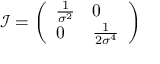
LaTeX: { \mathcal { I } } = { \left( \begin{array} { l l } { { \frac { 1 } { \sigma ^ { 2 } } } } & { 0 } \\ { 0 } & { { \frac { 1 } { 2 \sigma ^ { 4 } } } } \end{array} \right) }